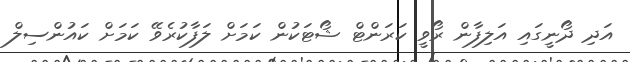
އަދި ދޯނީގައި އަލިފާން ރޯވީ ކަރަންޓް ޝޯޓަކުން ކަމަށް ލަފާކުރެވޭ ކަމަށް ކައުންސިލް